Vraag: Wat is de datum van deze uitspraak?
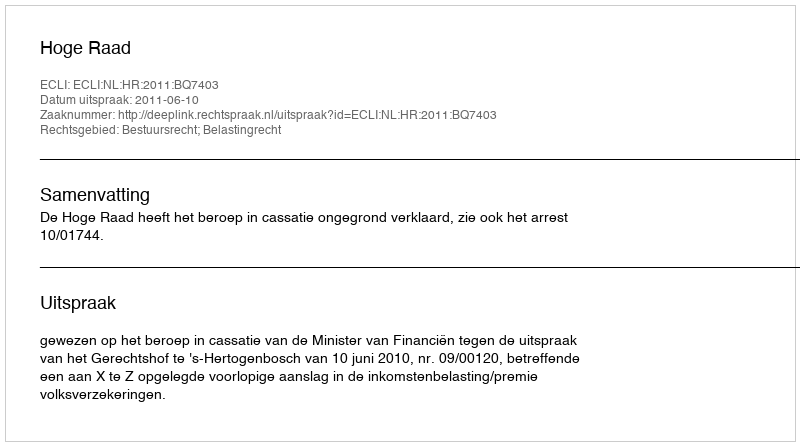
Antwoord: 2011-06-10